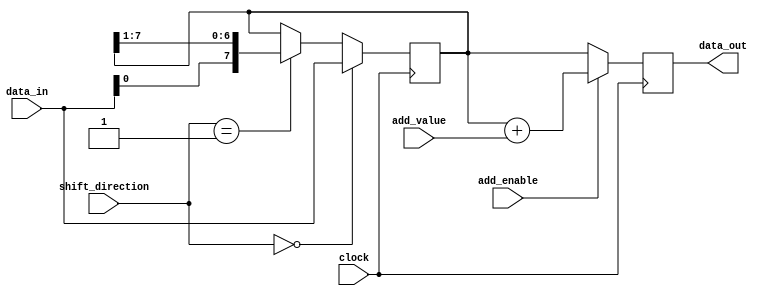
module Shift_Add_Register (
    input [7:0] data_in,
    input [2:0] shift_direction,
    input add_enable,
    input [7:0] add_value,
    input clock,
    output reg [7:0] data_out
);

reg [7:0] shift_data;

always @(posedge clock) begin
    if(shift_direction == 3'b000) begin // Shift left
        shift_data <= {shift_data[6:0], data_in};
    end else if(shift_direction == 3'b001) begin // Shift right
        shift_data <= {data_in, shift_data[7:1]};
    end
    
    if(add_enable) begin
        data_out <= shift_data + add_value;
    end else begin
        data_out <= shift_data;
    end
end

endmodule